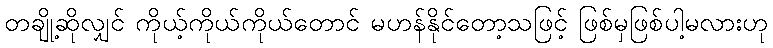
တချို့ဆိုလျှင် ကိုယ့်ကိုယ်ကိုယ်တောင် မဟန်နိုင်တော့သဖြင့် ဖြစ်မှဖြစ်ပါ့မလားဟု